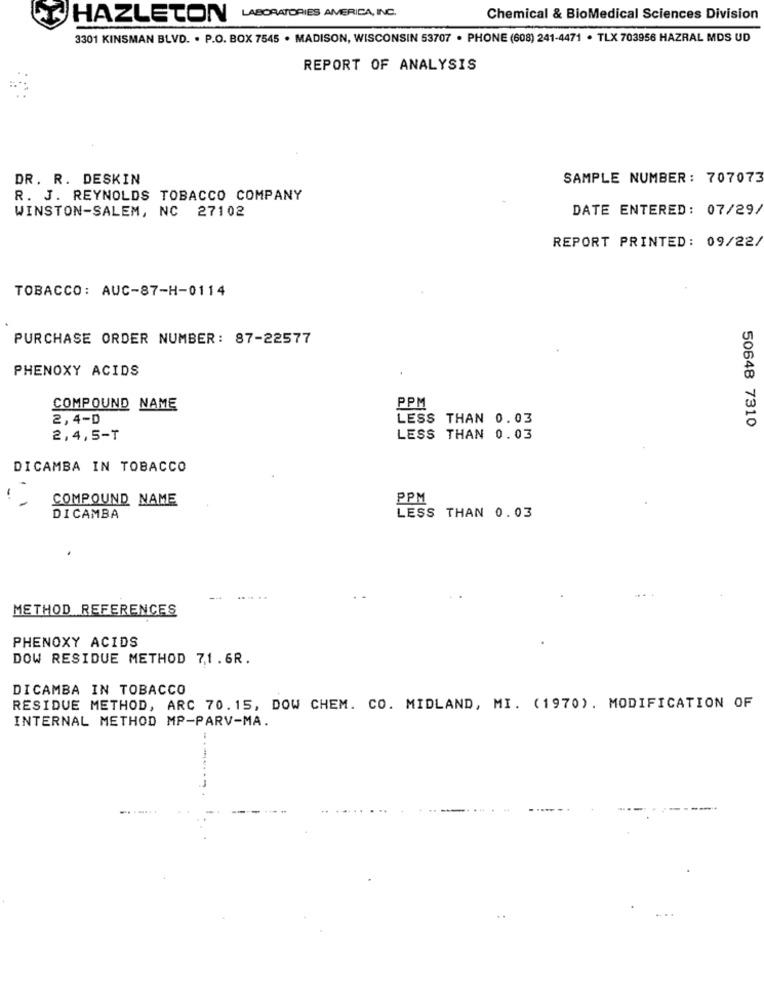
HAZLETON LABORATORIES AMERICA, INC.
Chemical & BioMedical Sciences Division
3301 KINSMAN BLVD. . P.O. BOX 7545 . MADISON, WISCONSIN 53707 . PHONE (608) 241-4471 · TLX 703956 HAZRAL MDS UD
REPORT OF ANALYSIS
DR. R. DESKIN
SAMPLE NUMBER : 707073
R. J. REYNOLDS TOBACCO COMPANY
WINSTON-SALEM, NC 27102
DATE ENTERED: 07/29/
REPORT PRINTED: 09/22/
TOBACCO: AUC-87-H-0114
PURCHASE ORDER NUMBER: 87-22577
PHENOXY ACIDS
PPM
COMPOUND NAME
2,4-D
LESS THAN 0.03
50648 7310
2,4,5-T
LESS THAN 0.03
DICAMBA IN TOBACCO
COMPOUND NAME
PPM
LESS THAN 0.03
DICAMBA
METHOD REFERENCES
PHENOXY ACIDS
DOW RESIDUE METHOD 71.6R.
DICAMBA IN TOBACCO
RESIDUE METHOD, ARC 70.15, DOW CHEM. CO. MIDLAND, MI. (1970). MODIFICATION OF
INTERNAL METHOD MP-PARV-MA.